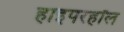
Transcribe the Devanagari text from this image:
हाइपरहॉल